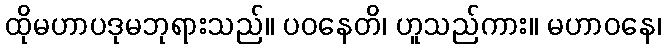
ထိုမဟာပဒုမဘုရားသည်။ ပဝနေတိ၊ ဟူသည်ကား။ မဟာဝနေ၊